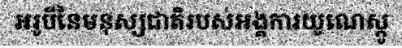
អរូបីនៃមនុស្សជាតិរបស់អង្គការយូណេស្កូ